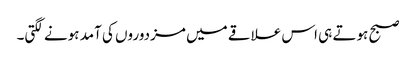
صبح ہوتے ہی اس علاقے میں مزدوروں کی آمد ہونے لگتی۔